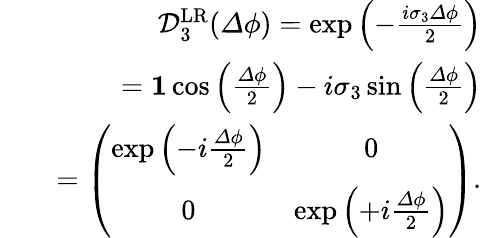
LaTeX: \begin{array}{rlr}&{}&{\mathcal{D}_{3}^{\mathrm{LR}}({\mathit\Delta\phi})=\exp\left(-\frac{i\sigma_{3}{\mathit\Delta\phi}}{2}\right)}\\ &{}&{={\mathbf 1}\cos\left(\frac{{\mathit\Delta\phi}}{2}\right)-i\sigma_{3}\sin\left(\frac{{\mathit\Delta\phi}}{2}\right)}\\ &{}&{=\left(\begin{array}{cc}{\exp\left(-i\frac{{\mathit\Delta\phi}}{2}\right)}&{0}\\ {0}&{\exp\left(+i\frac{{\mathit\Delta\phi}}{2}\right)}\end{array}\right).}\end{array}